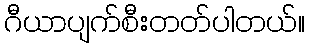
ဂီယာပျက်စီးတတ်ပါတယ်။